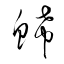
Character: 鯑